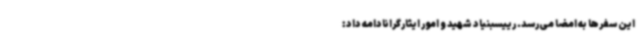
این سفرها به امضا می‌رسد. رییسبنیاد شهید و امور ایثارگرانادامه داد: